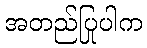
အတည်ပြုပါက